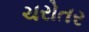
ચરોતર